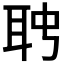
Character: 𦕊